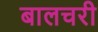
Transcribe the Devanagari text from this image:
बालचरी